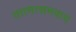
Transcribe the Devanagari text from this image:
तात्मत्समवाय